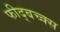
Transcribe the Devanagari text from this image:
फीद्बच्क्स